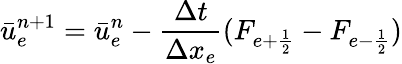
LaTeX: \bar{u}_{e}^{n+1}=\bar{u}_{e}^{n}-\frac{\Delta t}{\Delta x_{e}}(F_{e+\frac{1}{2}}-F_{e-\frac{1}{2}})